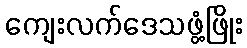
ကျေးလက်ဒေသဖွံ့ဖြိုး